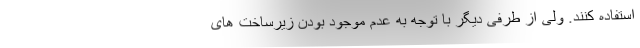
استفاده کنند. ولی از طرفی دیگر با توجه به عدم موجود بودن زیرساخت های